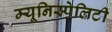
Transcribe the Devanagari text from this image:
म्यूनिस्पेलिटी